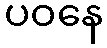
ပဝနေ